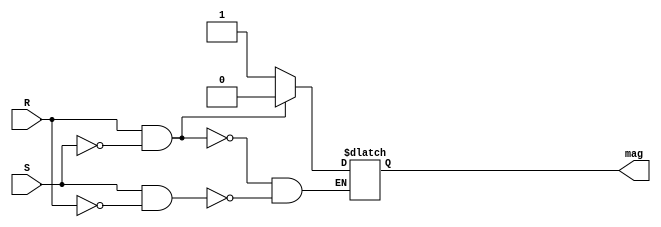
//`timescale 1ns/1ps

module latch (
    input wire R,
    input wire S,
    output reg mag

);

    always @(R or S)
    begin
        
        if(R && !S)
            begin
                mag <= 0;
            end
        else if(S && !R)
            begin
                mag <= 1;
            end
  
      
    end




endmodule